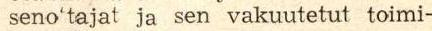
seno'tajat ja sen vakuutetut toimi-